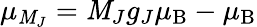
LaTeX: \mu_{\mathit{M}_{J}}=\mathit{M}_{J}g_{J}\mu_{\mathrm{{B}}}-\mu_{\mathrm{{B}}}